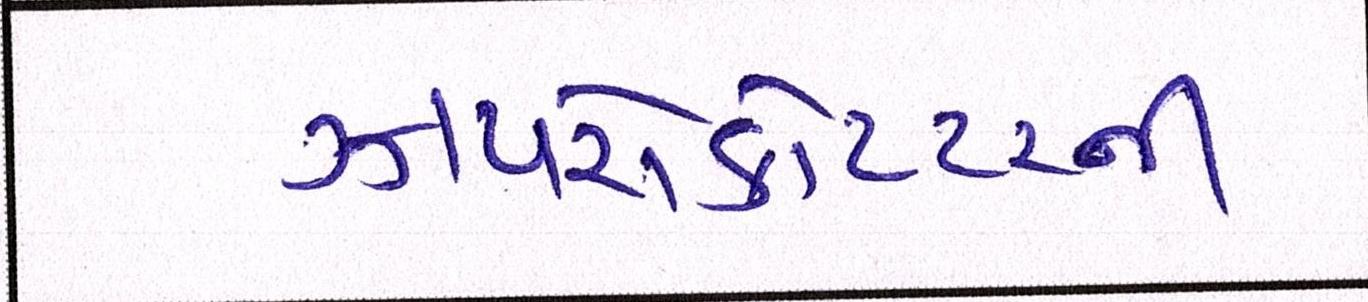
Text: ઝાયરોકોપ્ટરની